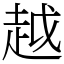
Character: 越